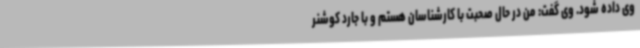
وی داده شود. وی گفت: من در حال صحبت با کارشناسان هستم و با جارد کوشنر